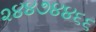
૨૪૪૭૪૪૬૬